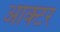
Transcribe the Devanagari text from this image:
आक्टर